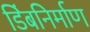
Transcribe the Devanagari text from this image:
डिंबनिर्माण